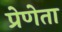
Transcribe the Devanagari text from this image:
प्रेणेता